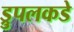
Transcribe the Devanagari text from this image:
ड्रुपलकडे